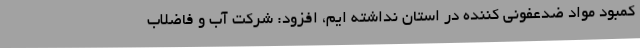
کمبود مواد ضدعفونی کننده در استان نداشته ایم، افزود: شرکت آب و فاضلاب